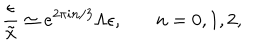
LaTeX: \frac { \epsilon } { \tilde { x } } \simeq e ^ { 2 \pi i n / 3 } \Lambda \epsilon , \: \: \: \: \: \: \: \: n = 0 , 1 , 2 ,